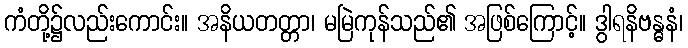
ကံတို့၌လည်းကောင်း။ အနိယတတ္တာ၊ မမြဲကုန်သည်၏ အဖြစ်ကြောင့်။ ဒွါရနိဗန္ဓနံ၊